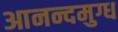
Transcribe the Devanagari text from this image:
आनन्दमुग्ध